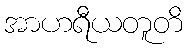
အာဟရီယတူတိ